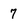
Character: 7